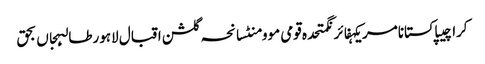
کراچیپاکستانامریکہفائرنگمتحدہ قومی موومنٹسانحہ گلشن اقبال لاہورطالبہجاں بحق